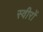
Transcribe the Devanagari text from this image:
स्वीरों